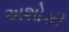
અશોકી